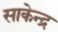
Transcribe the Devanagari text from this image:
साकेन्द्र